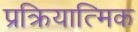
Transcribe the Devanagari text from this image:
प्रक्रियात्मिक